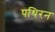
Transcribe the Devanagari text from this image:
पथिरन